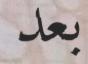
بعد